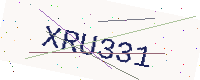
Text: XRU331